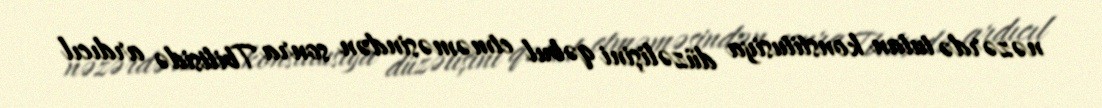
nəzərdə tutan konstitusiya düzəlişini qəbul etməməsindən sonra Tbilisidə ardıcıl